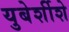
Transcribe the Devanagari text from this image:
युबेर्शीशे